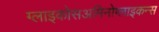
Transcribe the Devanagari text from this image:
ग्लाइकोसअमिनोग्लाइकन्स